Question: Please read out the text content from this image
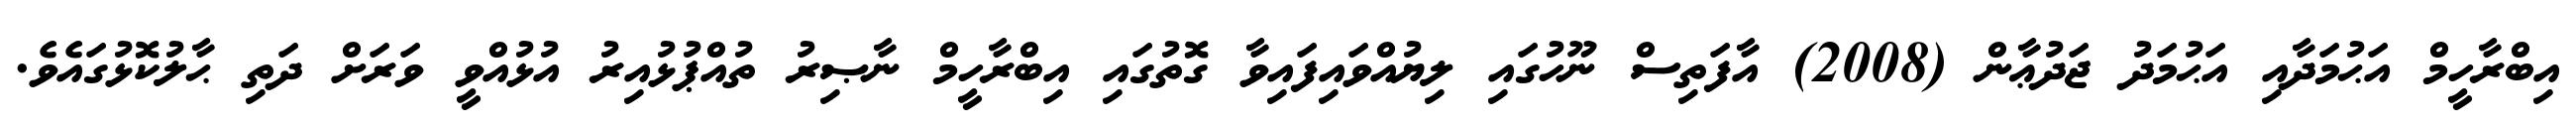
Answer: އިބްރާހީމް އަޙުމަދާއި އަޙުމަދު ޖަދުޢާން (2008) އާފަތިސް ނޫހުގައި ލިޔުއްވައިފައިވާ ގޮތުގައި އިބްރާހީމް ނާޞިރު ތުއްޕުޅުއިރު އުޅުއްވީ ވަރަށް ދަތި ޙާލުކޮޅުގައެވެ.